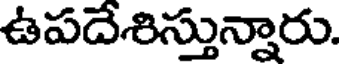
ఉపదేశిస్తున్నారు.